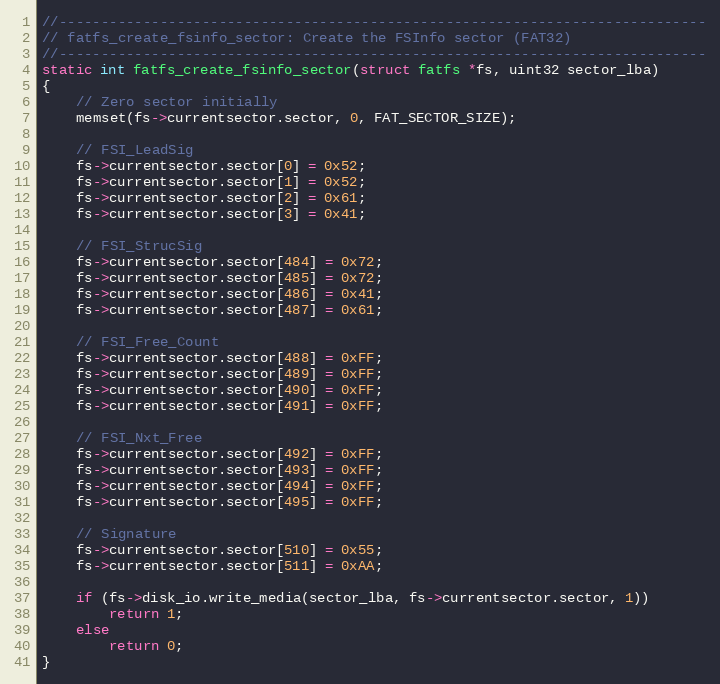
Language: C
//-----------------------------------------------------------------------------
// fatfs_create_fsinfo_sector: Create the FSInfo sector (FAT32)
//-----------------------------------------------------------------------------
static int fatfs_create_fsinfo_sector(struct fatfs *fs, uint32 sector_lba)
{
    // Zero sector initially
    memset(fs->currentsector.sector, 0, FAT_SECTOR_SIZE);

    // FSI_LeadSig
    fs->currentsector.sector[0] = 0x52;
    fs->currentsector.sector[1] = 0x52;
    fs->currentsector.sector[2] = 0x61;
    fs->currentsector.sector[3] = 0x41;

    // FSI_StrucSig
    fs->currentsector.sector[484] = 0x72;
    fs->currentsector.sector[485] = 0x72;
    fs->currentsector.sector[486] = 0x41;
    fs->currentsector.sector[487] = 0x61;

    // FSI_Free_Count
    fs->currentsector.sector[488] = 0xFF;
    fs->currentsector.sector[489] = 0xFF;
    fs->currentsector.sector[490] = 0xFF;
    fs->currentsector.sector[491] = 0xFF;

    // FSI_Nxt_Free
    fs->currentsector.sector[492] = 0xFF;
    fs->currentsector.sector[493] = 0xFF;
    fs->currentsector.sector[494] = 0xFF;
    fs->currentsector.sector[495] = 0xFF;

    // Signature
    fs->currentsector.sector[510] = 0x55;
    fs->currentsector.sector[511] = 0xAA;

    if (fs->disk_io.write_media(sector_lba, fs->currentsector.sector, 1))
        return 1;
    else
        return 0;
}